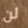
لن